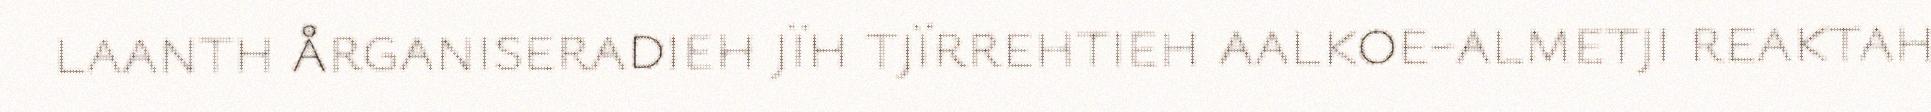
laanth årganiseradieh jïh tjïrrehtieh aalkoe-almetji reaktah